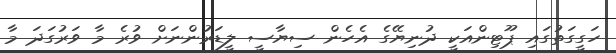
ހަގީގަތުގައި ޕޫޓިންއަކީ ދުނިޔޭގެ އެހެން ސިޔާސީ ލީޑަރުންނަށް ވުރެ މާ ވަރުގަދަ މާ